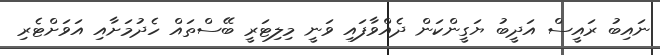
ނައިބު ރައީސް އަދީބު ޔަގީންކަން ދެއްވާފައި ވަނީ މިލިޓަރީ ބޭސްތައް ހެދުމަށާއި އަވަށްޓެރި